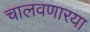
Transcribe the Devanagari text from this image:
चालवणारया